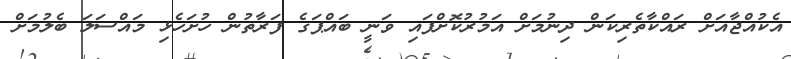
އެކުއްޖާއަށް ރައްކާތެރިކަން ދިނުމަށް އަމުރުކޮށްފައި ވަނީ ބައްޕަގެ ފަރާތުން ހުށަހެޅި މައްސަލަ ބެލުމަށް